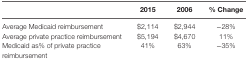
|  | 2015 | 2006 | % Change |
 | --- | --- | --- | --- |
 | Average Medicaid reimbursement | $2,114 | $2,944 | −28% |
 | Average private practice reimbursement | $5,194 | $4,670 | 11% |
 | Medicaid as% of private practice reimbursement | 41% | 63% | −35% |